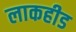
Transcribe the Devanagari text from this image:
लाकहीड